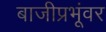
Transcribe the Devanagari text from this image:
बाजीप्रभूंवर